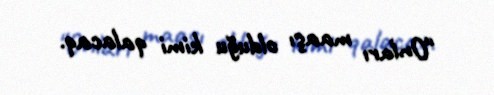
“Onları maaşı olduğu kimi qalacaq.